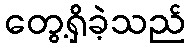
တွေ့ရှိခဲ့သည်